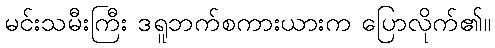
မင်းသမီးကြီး ဒရူဘက်စကားယားက ပြောလိုက်၏။